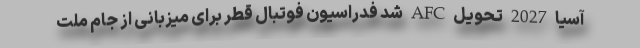
آسیا 2027 تحویل AFC شد فدراسیون فوتبال قطر برای میزبانی از جام ملت